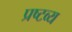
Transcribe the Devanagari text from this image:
प्रष्टव्य